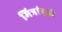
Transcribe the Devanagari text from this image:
मित्रांमुळे